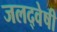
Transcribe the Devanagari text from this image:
जलद्वेषी